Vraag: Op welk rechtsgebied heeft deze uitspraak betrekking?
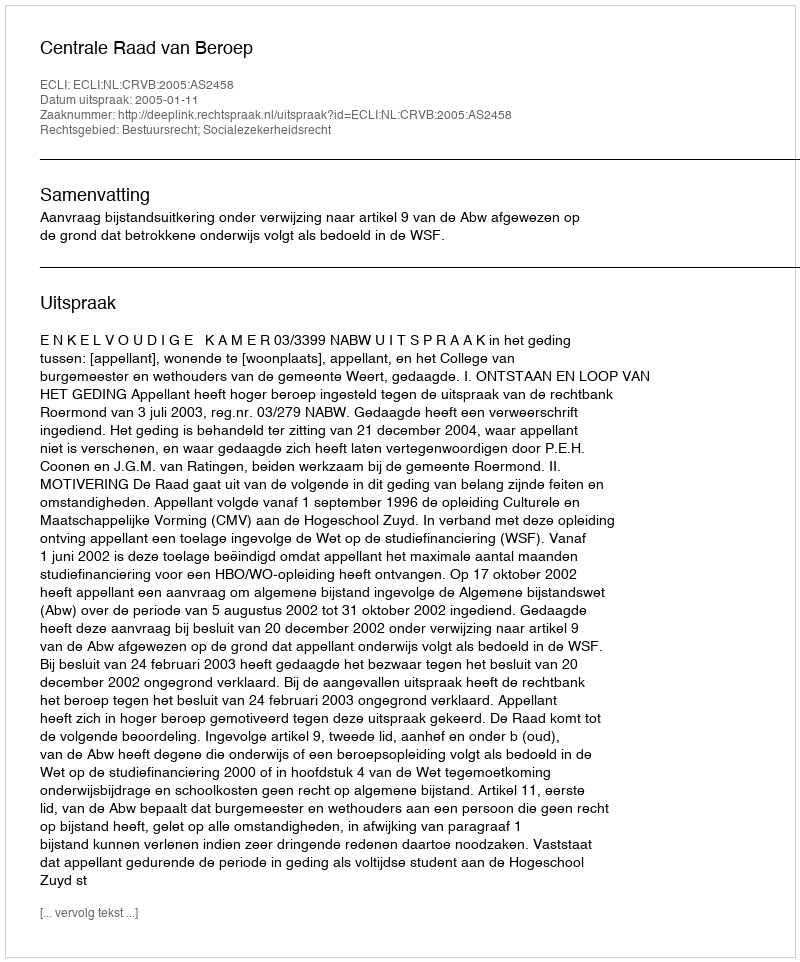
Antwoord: Bestuursrecht; Socialezekerheidsrecht